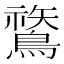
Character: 𪄬